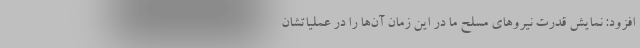
افزود: نمایش قدرت نیرو‌های مسلح ما در این زمان آن‌ها را در عملیاتشان